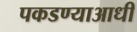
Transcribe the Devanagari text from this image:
पकडण्याआधी